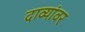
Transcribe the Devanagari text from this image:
दाव्यांवर